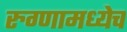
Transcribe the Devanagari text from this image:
रुग्णामध्येच